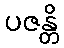
ပဇန္တိ